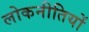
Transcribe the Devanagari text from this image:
लोकनीतियों